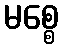
မစ္စေ